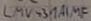
Text: LMV43AIMF